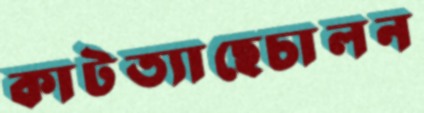
কাটত্যাছেচালন